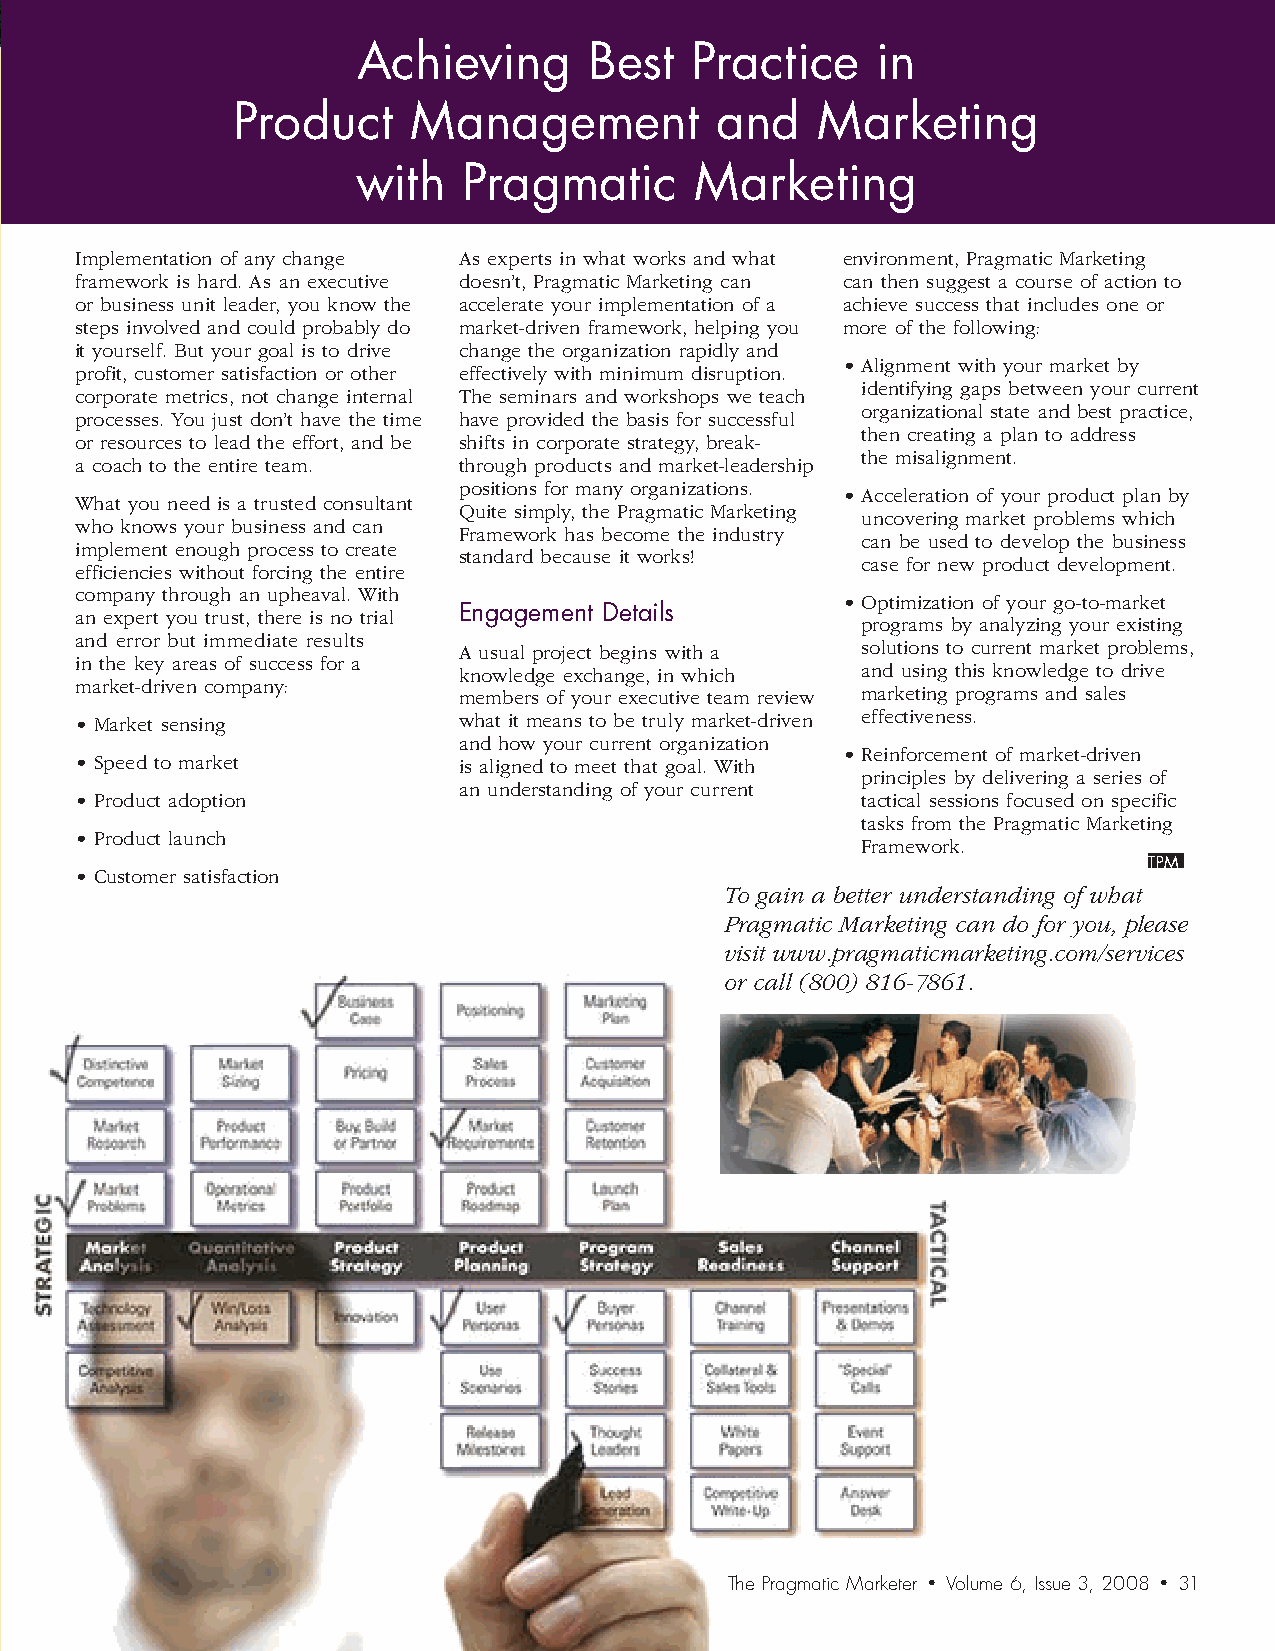
Achieving      Best   Practice    in
 Product     Management          and    Marketing
 with   Pragmatic      Marketing
 Implementation of any change As experts in what works and what environment, Pragmatic Marketing
 framework is hard. As an executive doesn’t, Pragmatic Marketing can can then suggest a course of action to
 or business unit leader, you know the accelerate your implementation of a achieve success that includes one or
 steps involved and could probably do market-driven framework, helping you more of the following:
 it yourself. But your goal is to drive change the organization rapidly and
 • Alignment with your market by
 profit, customer satisfaction or other effectively with minimum disruption.
 identifying gaps between your current
 corporate metrics, not change internal The seminars and workshops we teach
 organizational state and best practice,
 processes. You just don’t have the time have provided the basis for successful
 then creating a plan to address
 or resources to lead the effort, and be shifts in corporate strategy, break-
 the misalignment.
 a coach to the entire team. through products and market-leadership
 positions for many organizations.
 • Acceleration of your product plan by
 What you need is a trusted consultant
 Quite simply, the Pragmatic Marketing
 uncovering market problems which
 who knows your business and can
 Framework has become the industry
 can be used to develop the business
 implement enough process to create
 standard because it works!
 case for new product development.
 efficiencies without forcing the entire
 company through an upheaval. With
 • Optimization of your go-to-market
 an expert you trust, there is no trial Engagement Details
 programs by analyzing your existing
 and error but immediate results
 A usual project begins with a solutions to current market problems,
 in the key areas of success for a
 knowledge exchange, in which and using this knowledge to drive
 market-driven company:
 members of your executive team review marketing programs and sales
 • Market sensing         what it means to be truly market-driven effectiveness.
 and how your current organization
 • Reinforcement of market-driven
 • Speed to market        is aligned to meet that goal. With
 principles by delivering a series of
 an understanding of your current
 • Product adoption                                  tactical sessions focused on specific
 tasks from the Pragmatic Marketing
 • Product launch
 Framework.
 • Customer satisfaction
 To gain a better understanding of what
 Pragmatic Marketing can do for you, please
 visit www.pragmaticmarketing.com/services
 or call (800) 816-7861.
 The Pragmatic Marketer • Volume 6, Issue 3, 2008 • 31